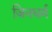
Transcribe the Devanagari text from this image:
जिनधर्म